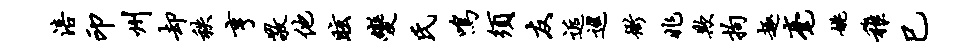
涪印州却秩亨敬他眩变氏鸣须友逅巡衙兆欺拘趣毫姚稚巳